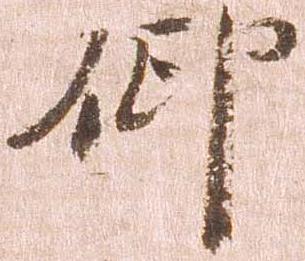
仰